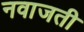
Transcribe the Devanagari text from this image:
नवाजती